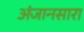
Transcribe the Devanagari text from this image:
अंजानसारा